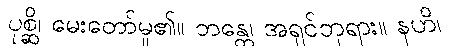
ပုစ္ဆိ၊ မေးတော်မူ၏။ ဘန္တေ၊ အရှင်ဘုရား။ နဟိ၊